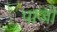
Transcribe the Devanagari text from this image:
पाजो